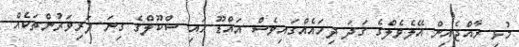
މުޅި ރާއްޖެއިން އޭލެވެލްގެ ގަދަ ދިހައެއްގައިވެސް އައްޑޫ ހައި ސްކޫލްގެ ގިނަ ދަރިވަރުންތަކެއް